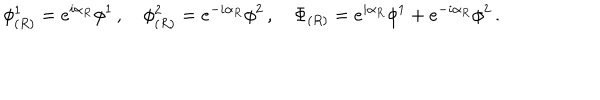
\phi _ { ( R ) } ^ { 1 } = e ^ { i \alpha _ { R } } \phi ^ { 1 } \, , \quad \phi _ { ( R ) } ^ { 2 } = e ^ { - i \alpha _ { R } } \phi ^ { 2 } \, , \quad \Phi _ { ( R ) } = e ^ { i \alpha _ { R } } \phi ^ { 1 } + e ^ { - i \alpha _ { R } } \phi ^ { 2 } \, .